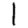
Digit: 1